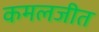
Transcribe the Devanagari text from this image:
कमलजीत